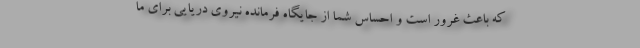
که باعث غرور است و احساس شما از جایگاه فرمانده نیروی دریایی برای ما